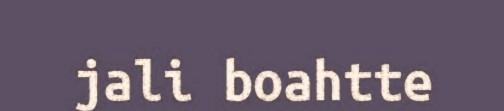
jali boahtte